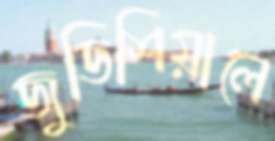
জুডিশিয়ালে